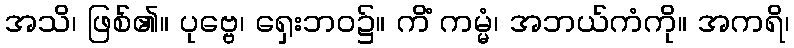
အသိ၊ ဖြစ်၏။ ပုဗ္ဗေ၊ ရှေးဘဝ၌။ ကိံ ကမ္မံ၊ အဘယ်ကံကို။ အကရိ၊